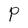
Character: P